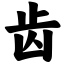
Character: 齿